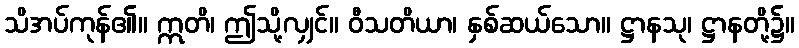
သိအပ်ကုန်၏။ ဣတိ၊ ဤသို့လျှင်။ ဝီသတိယာ၊ နှစ်ဆယ်သော။ ဋ္ဌာနသု၊ ဋ္ဌာနတို့၌။